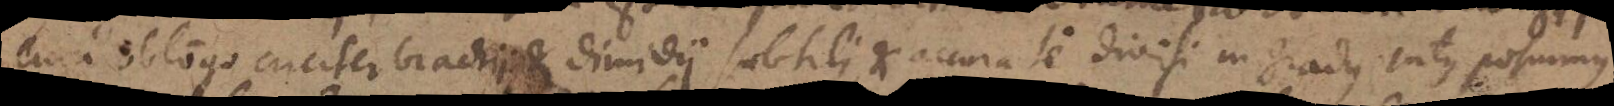
cum oblongo circiter brachii et dimidii subtili, et accurate divisi in gradus. Intus posuimus